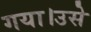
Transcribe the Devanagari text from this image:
गया।उसे